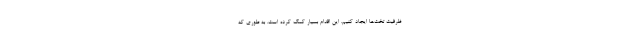
ظرفیت تخت‌ها ایجاد کنیم. این اقدام بسیار کمک کرده است. به طوری که